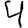
Digit: 4